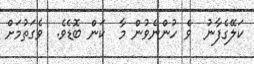
ކަލޭގެފާނު  ވެ ހުންނެވުން މާ  ކަން ބޮޑެވެ.  ވެގަތުމަށް